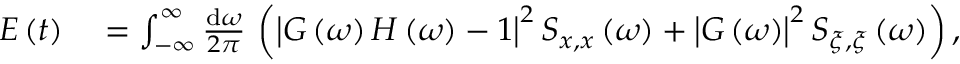
\begin{array} { r l } { E \left( t \right) } & { { } = \int _ { - \infty } ^ { \infty } \frac { \mathrm { d } \omega } { 2 \pi } \, \left( \left| G \left( \omega \right) H \left( \omega \right) - 1 \right| ^ { 2 } S _ { x , x } \left( \omega \right) + \left| G \left( \omega \right) \right| ^ { 2 } S _ { \xi , \xi } \left( \omega \right) \right) , } \end{array}